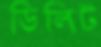
ডিলিট